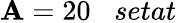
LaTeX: \mathbf{A}=20\; \; \; setat